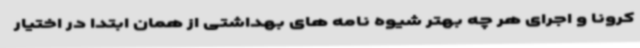
کرونا و اجرای هر چه بهتر شیوه نامه های بهداشتی از همان ابتدا در اختیار